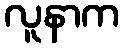
လူနာက